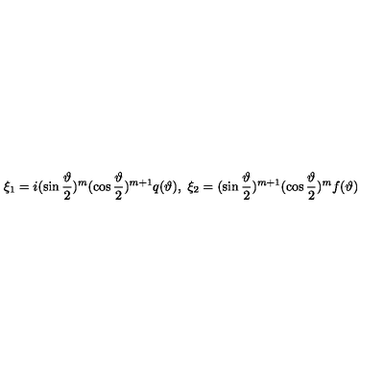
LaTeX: \quad \xi _ { 1 } = i ( \sin \frac \vartheta 2 ) ^ { m } ( \cos \frac \vartheta 2 ) ^ { m + 1 } q ( \vartheta ) , \ \xi _ { 2 } = ( \sin \frac \vartheta 2 ) ^ { m + 1 } ( \cos \frac \vartheta 2 ) ^ { m } f ( \vartheta )